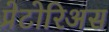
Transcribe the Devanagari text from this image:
प्रेटोरिअस